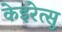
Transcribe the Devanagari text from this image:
केइरेत्सु